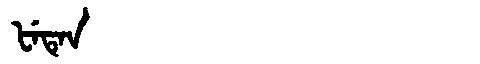
Manchu: ᡶᡝᡨᡝᠨ
Romanization: FETEN